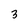
Character: 3